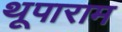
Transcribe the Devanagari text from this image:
थूपाराम